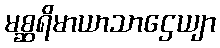
မစ္ဆရိမာယာသာဌေယျာ